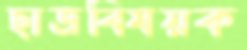
ছাত্রবিষয়ক